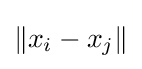
\lVert x_{i}-x_{j}\rVert